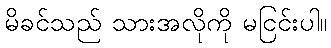
မိခင်သည် သားအလိုကို မငြင်းပါ။